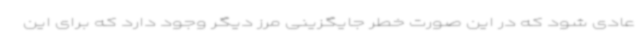
عادی شود که در این صورت خطر جایگزینی مرز دیگر وجود دارد که برای این